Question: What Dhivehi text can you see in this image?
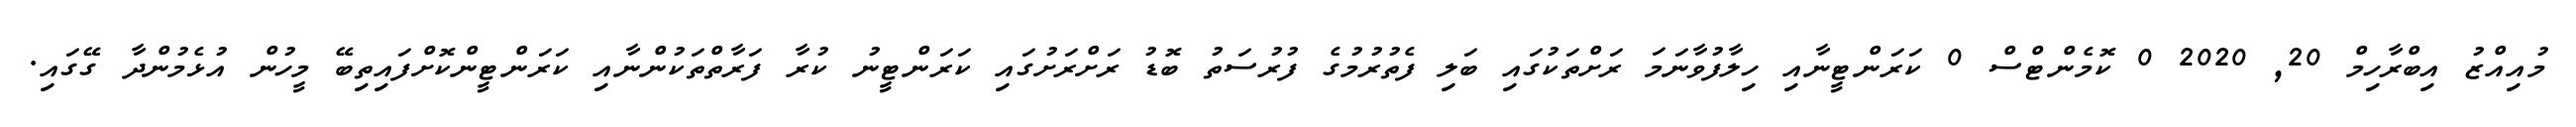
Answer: މުއިއްޒު އިބްރާހިމް 20, 2020 0 ކޮމެންޓްސް 0 ކަރަންޓީނާއި ހިލާފުވާނަމަ ރަށްތަކުގައި ބަލި ފެތުރުމުގެ ފުރުސަތު ބޮޑު ރަށްރަށުގައި ކަރަންޓީނު ކުރާ ފަރާތްތަކުންނާއި ކަރަންޓީންކޮށްފައިތިބޭ މީހުން އުޅެމުންދާ ގޭގައި.